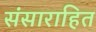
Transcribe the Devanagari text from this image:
संसाराहित